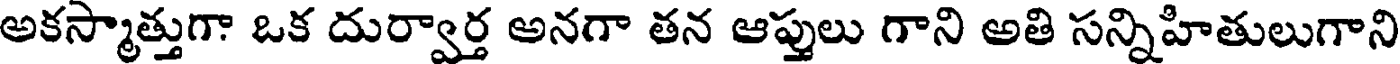
అకస్మాత్తుగా ఒక దుర్వార్త అనగా తన ఆప్తులు గాని అతి సన్నిహితులుగాని